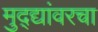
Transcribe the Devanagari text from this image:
मुद्द्यांवरचा